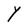
Character: Y